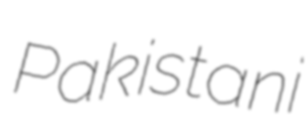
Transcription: Pakistani